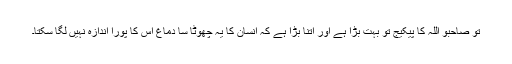
تو صاحبو اللہ کا پیکیج تو بہت بڑا ہے اور اتنا بڑا ہے کہ انسان کا یہ چھوٹا سا دماغ اس کا پورا اندازہ نہیں لگا سکتا۔